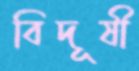
বিদূষী